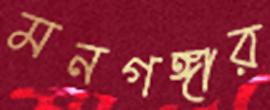
মনগঙ্গার